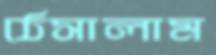
ঠেসালাম